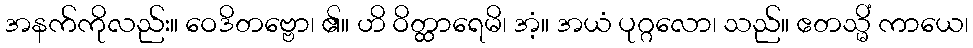
အနက်ကိုလည်း။ ဝေဒိတဗ္ဗော၊ ၏။ ဟိ ဝိတ္ထာရေမိ၊ အံ့။ အယံ ပုဂ္ဂလော၊ သည်။ ဧတသ္မိံ ကာယေ၊